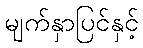
မျက်နှာပြင်နှင့်